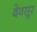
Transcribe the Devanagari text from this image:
देवसूर